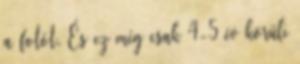
a fotót. És ez még csak 4-5 év körüli